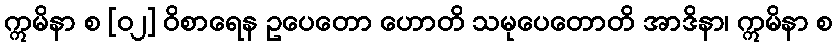
ဣမိနာ စ [၀၂] ဝိစာရေန ဥပေတော ဟောတိ သမုပေတောတိ အာဒိနာ၊ ဣမိနာ စ